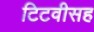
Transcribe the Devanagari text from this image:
टिटवीसह